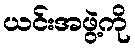
ယင်းအဖွဲ့ကို